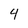
Character: 4